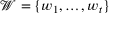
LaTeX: { \mathcal { W } } = \{ w _ { 1 } , \ldots , w _ { t } \}